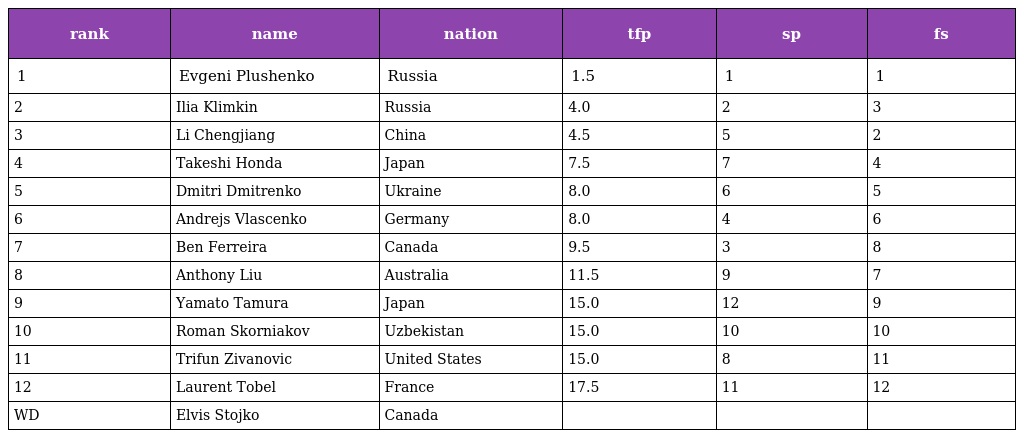
| rank | name | nation | tfp | sp | fs |
 | --- | --- | --- | --- | --- | --- |
 | 1 | Evgeni Plushenko | Russia | 1.5 | 1 | 1 |
 | 2 | Ilia Klimkin | Russia | 4.0 | 2 | 3 |
 | 3 | Li Chengjiang | China | 4.5 | 5 | 2 |
 | 4 | Takeshi Honda | Japan | 7.5 | 7 | 4 |
 | 5 | Dmitri Dmitrenko | Ukraine | 8.0 | 6 | 5 |
 | 6 | Andrejs Vlascenko | Germany | 8.0 | 4 | 6 |
 | 7 | Ben Ferreira | Canada | 9.5 | 3 | 8 |
 | 8 | Anthony Liu | Australia | 11.5 | 9 | 7 |
 | 9 | Yamato Tamura | Japan | 15.0 | 12 | 9 |
 | 10 | Roman Skorniakov | Uzbekistan | 15.0 | 10 | 10 |
 | 11 | Trifun Zivanovic | United States | 15.0 | 8 | 11 |
 | 12 | Laurent Tobel | France | 17.5 | 11 | 12 |
 | WD | Elvis Stojko | Canada |  |  |  |